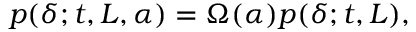
p ( \delta ; t , L , \alpha ) = \Omega ( \alpha ) p ( \delta ; t , L ) ,